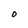
Character: O